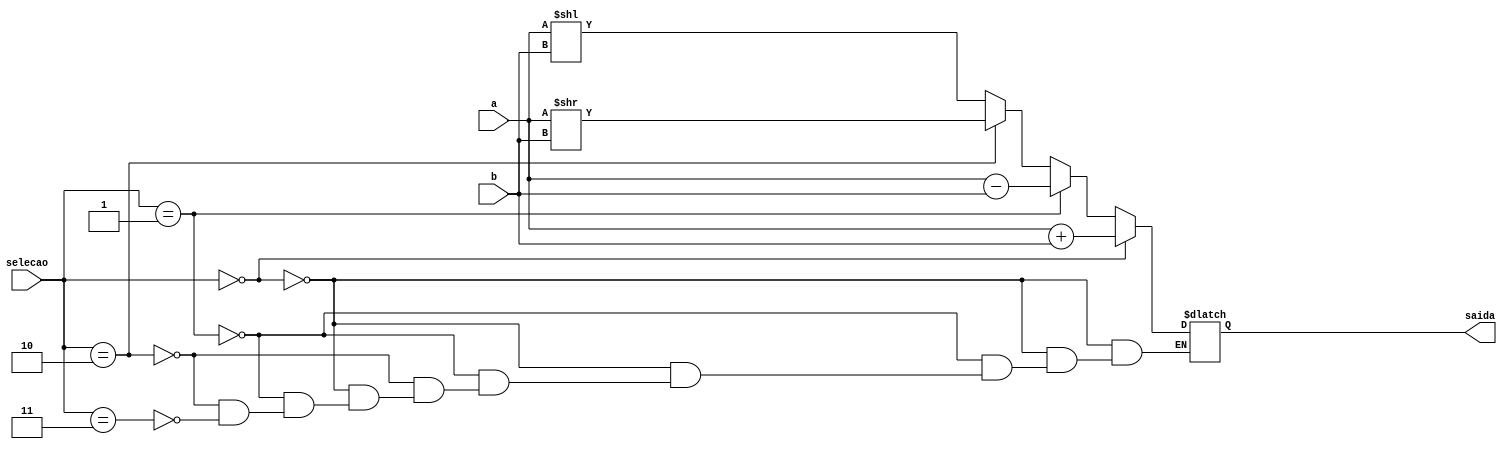
module Desafio_ULA(input [3:0] a, b, input [1:0] selecao,
                   output reg [3:0] saida);
		always@(*)
			
			if (selecao == 2'b00)
				saida = a + b;
			else if (selecao == 2'b01)
				saida = a - b;
			else if (selecao == 2'b10)
				saida = a >> b;
			else if (selecao == 2'b11)
				saida = a << b;
	
endmodule